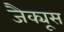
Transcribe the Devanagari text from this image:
जैक्यूस